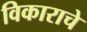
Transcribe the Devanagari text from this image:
विकाराचे